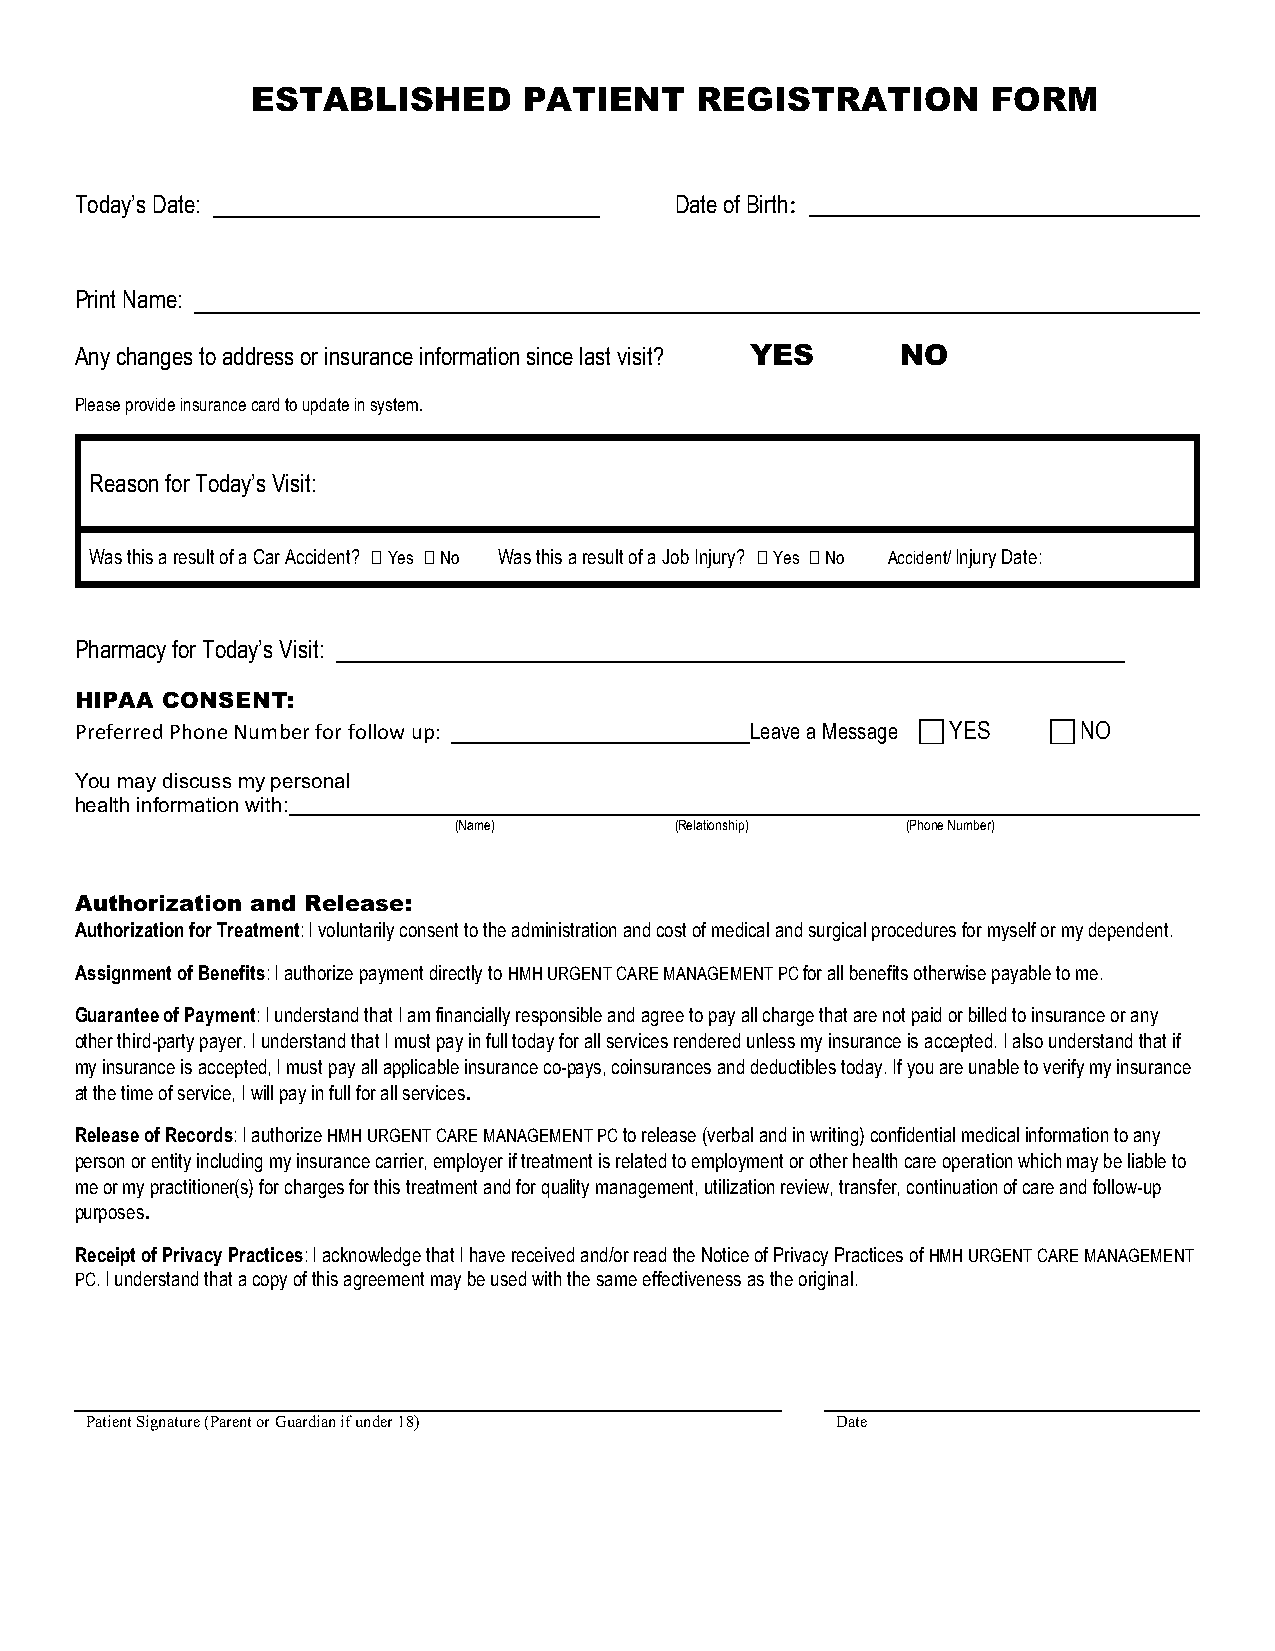
ESTABLISHED       PATIENT    REGISTRATION        FORM
 Today’s Date:                           Date of Birth:
 Print Name:
 Any changes to address or insurance information since last visit? YES NO
 Please provide insurance card to update in system.
 Reason for Today’s Visit:
 Was this a result of a Car Accident? 0 Yes 0 No Was this a result of a Job Injury? 0 Yes 0 No Accident/ Injury Date:
 Pharmacy for Today’s Visit:
 HIPAA CONSENT:
 Preferred Phone Number for follow up:        Leave a Message c YES c NO
 You may discuss my personal
 health information with:
 (Name)         (Relationship) (Phone Number)
 Authorization and Release:
 Authorization for Treatment: I voluntarily consent to the administration and cost of medical and surgical procedures for myself or my dependent.
 Assignment of Benefits: I authorize payment directly to HMH URGENT CARE MANAGEMENT PC for all benefits otherwise payable to me.
 Guarantee of Payment: I understand that I am financially responsible and agree to pay all charge that are not paid or billed to insurance or any
 other third-party payer. I understand that I must pay in full today for all services rendered unless my insurance is accepted. I also understand that if
 my insurance is accepted, I must pay all applicable insurance co-pays, coinsurances and deductibles today. If you are unable to verify my insurance
 at the time of service, I will pay in full for all services.
 Release of Records: I authorize HMH URGENT CARE MANAGEMENT PC to release (verbal and in writing) confidential medical information to any
 person or entity including my insurance carrier, employer if treatment is related to employment or other health care operation which may be liable to
 me or my practitioner(s) for charges for this treatment and for quality management, utilization review, transfer, continuation of care and follow-up
 purposes.
 Receipt of Privacy Practices: I acknowledge that I have received and/or read the Notice of Privacy Practices of HMH URGENT CARE MANAGEMENT
 PC. I understand that a copy of this agreement may be used with the same effectiveness as the original.
 Patient Signature (Parent or Guardian if under 18) Date